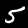
Label: 5